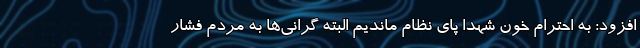
افزود: به احترام خون شهدا پای نظام ماندیم البته گرانی‌ها به مردم فشار